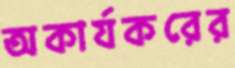
অকার্যকরের